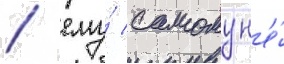
/ ему́ самому н'е́